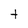
Character: t